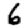
Digit: 6